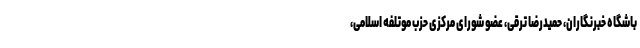
باشگاه خبرنگاران، حمیدرضا ترقی، عضو شورای مرکزی حزب موتلفه اسلامی،